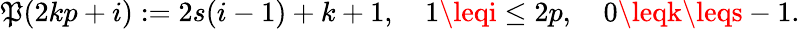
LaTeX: \mathfrak{P}(2kp+i):=2s(i-1)+k+1,\quad1\leqi\leq2p,\quad0\leqk\leqs-1.